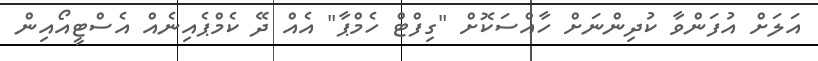
އަލަށް އުފަންވާ ކުދިންނަށް ހާއްސަކޮށް "ގިފްޓް ހެމްޕާ" އެއް ދޭ ކެމްޕެއިނެއް އެސްޓީއޯއިން